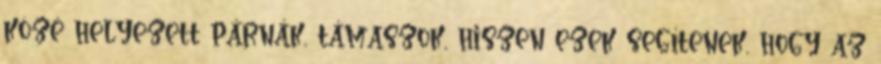
közé helyezett párnák, támaszok, hiszen ezek segítenek, hogy az